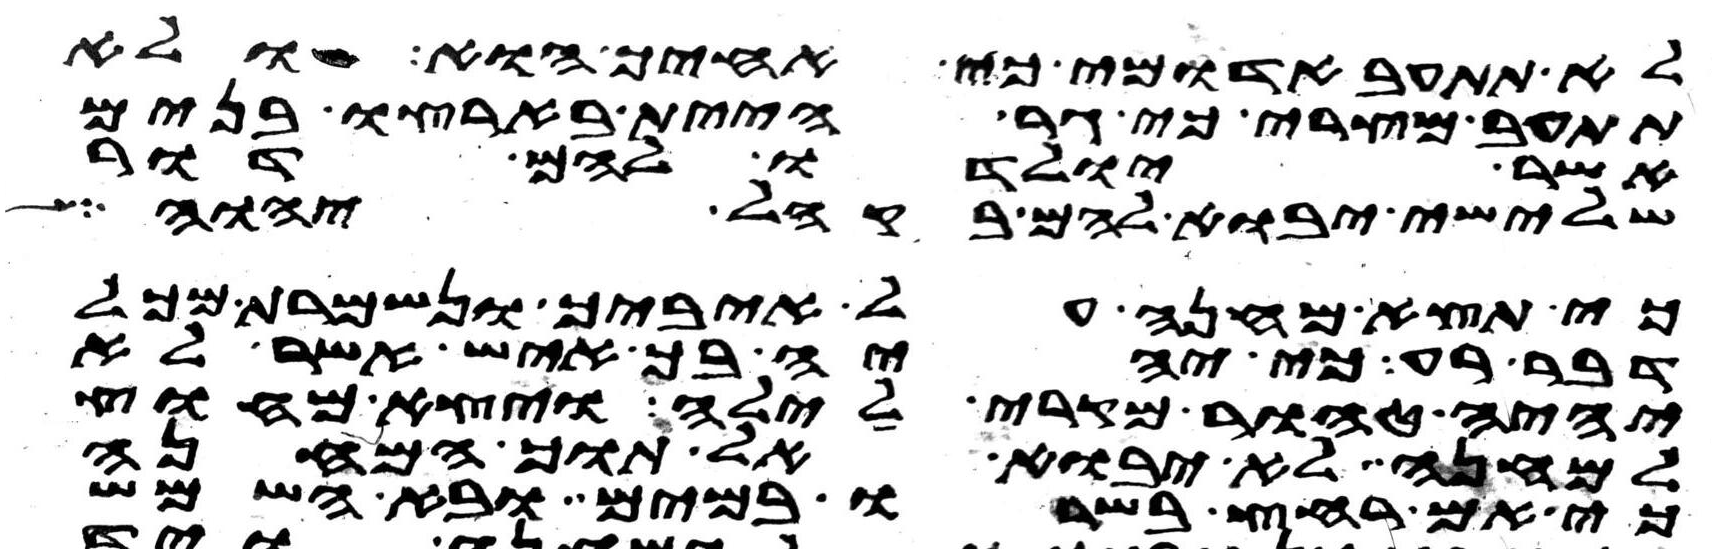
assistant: לא תתעב אדומי כי אחיך הוא ולא
תתעב מצרי כי גר היית בארצו בנים
אשר יולדו להם דור
שלישי יבוא להם בקהל יהוה
כי תצא מחנה על איביך ונשמרת מכל
דבר רע כי יהיה בך איש אשר לא
יהיה טהור מקרי לילה ויצא מחוץ
למחנה לא יבוא אל תוך המחנה
כי אם רחץ בשרו במים ובא השמש